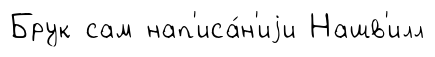
Брук сам нап'иса́н'иjи Нашв'илл